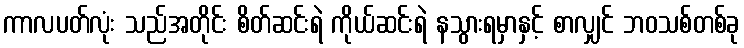
ကာလပတ်လုံး သည်အတိုင်း စိတ်ဆင်းရဲ ကိုယ်ဆင်းရဲ နသွားရမှာနှင့် စာလျှင် ဘဝသစ်တစ်ခု